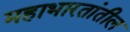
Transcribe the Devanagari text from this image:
महाभारतांतील